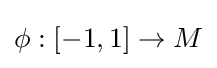
\phi :[-1,1]\to M